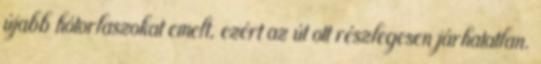
újabb hótorlaszokat emelt, ezért az út ott részlegesen járhatatlan.